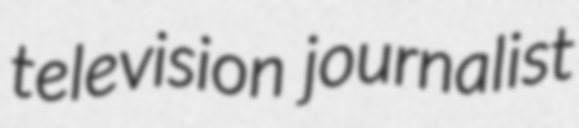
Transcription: television journalist